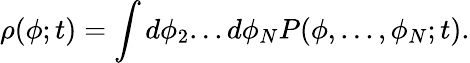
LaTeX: \rho(\phi;t)=\int d\phi_{2}...d\phi_{N}P(\phi,...,\phi_{N};t).